Indian journal of veterinary science and animal husbandry - Volumes 28-29, 1958-1959
Year: 1958
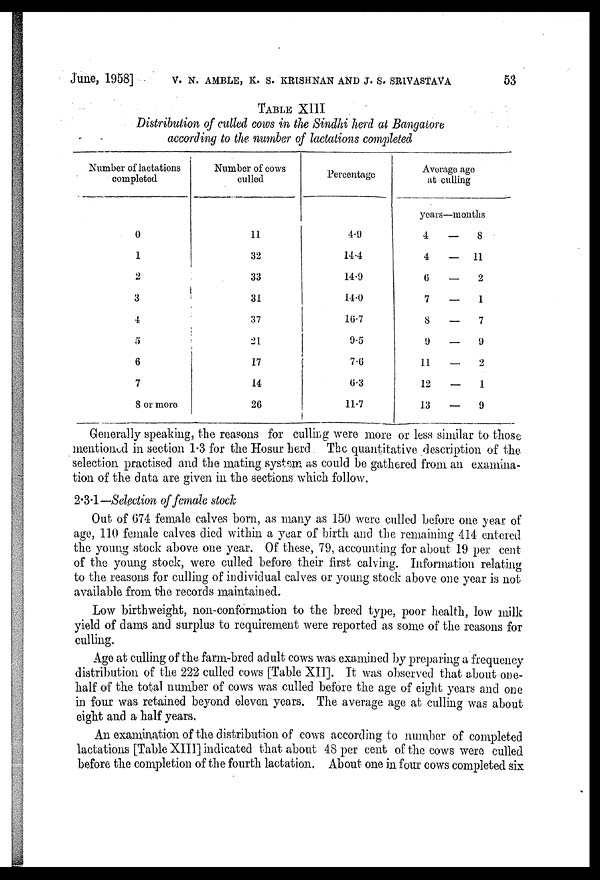
June, 1958] V. N. AMBLE, K. S. KRISHNAN AND J. S. SRIVASTAVA 53
TABLE XIII
Distribution of culled cows in the Sindhi herd at Bangalore
according to the number of lactations completed
Number of lactations
completed
0
1
2
3
4
5
6
7
8 or more
Number of cows
culled
11
32
33
31
37
21
17
14
26
Percentage
4.9
14.4
14.9
14.0
16.7
9.5
7.6
6.3
11.7
Average age
at culling
years—months
4
—
8
4
—
11
6
—
2
7
—
1
8
—
7
9
—
9
11
—
2
12
—
1
13
—
9
Generally speaking, the reasons for culling were more or less similar to those
mentioned in section 1.3 for the Hosur herd. The quantitative description of the
selection practised and the mating system as could be gathered from an examina-
tion of the data are given in the sections which follow.
2.3.1—Selection of female stock
Out of 674 female calves born, as many as 150 were culled before one year of
age, 110 female calves died within a year of birth and the remaining 414 entered
the young stock above one year. Of these, 79, accounting for about 19 per cent
of the young stock, were culled before their first calving. Information relating
to the reasons for culling of individual calves or young stock above one year is not
available from the records maintained.
Low birthweight, non-conformation to the breed type, poor health, low milk
yield of dams and surplus to requirement were reported as some of the reasons for
culling.
Age at culling of the farm-bred adult cows was examined by preparing a frequency
distribution of the 222 culled cows [Table XII]. It was observed that about one-
half of the total number of cows was culled before the age of eight years and one
in four was retained beyond eleven years. The average age at culling was about
eight and a half years.
An examination of the distribution of cows according to number of completed
lactations [Table XIII] indicated that about 48 per cent of the cows were culled
before the completion of the fourth lactation. About one in four cows completed six